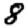
Digit: 8